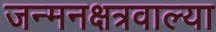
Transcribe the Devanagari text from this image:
जन्मनक्षत्रवाल्या